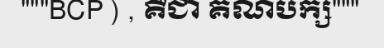
"""BCP ) , គឺជា គណបក្ស"""